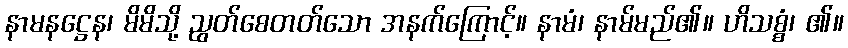
နာမနဋ္ဌေန၊ မိမိသို့ ညွတ်စေတတ်သော အနက်ကြောင့်။ နာမံ၊ နာမ်မည်၏။ ဟိသစ္စံ၊ ၏။